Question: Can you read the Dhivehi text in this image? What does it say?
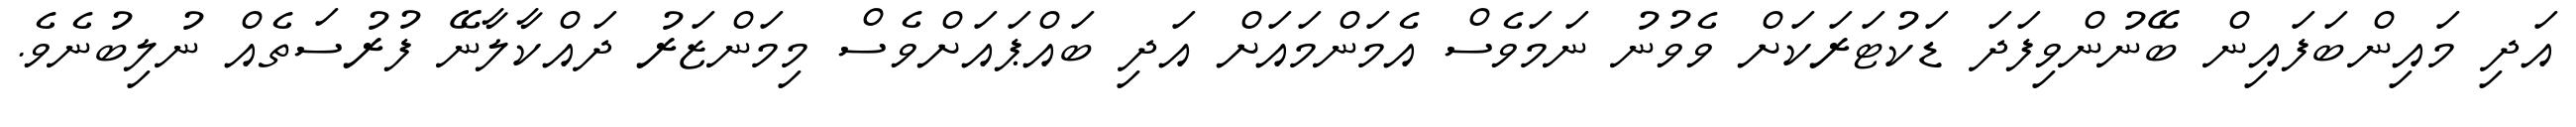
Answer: އަދި މައިންބަފައިން ބޭނުންވިފަދަ ޑަކުޓަރަކަށް ވެވުނު ނަމަވެސް އެމަންމައަށް އަދި ބައްޕައަށްވެސް މިމަންޒަރު ދައްކާލާނޭ ފުރުސަތެއް ނުލިބުނެވެ.